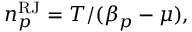
n _ { p } ^ { \mathrm { R J } } = T / ( \beta _ { p } - \mu ) ,